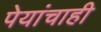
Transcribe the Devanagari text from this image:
पेयांचाही